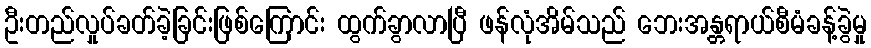
ဦးတည်လှုပ်ခတ်ခဲ့ခြင်းဖြစ်ကြောင်း ထွက်ခွာလာပြီ ဖန်လုံအိမ်သည် ဘေးအန္တရာယ်စီမံခန့်ခွဲမှု